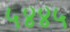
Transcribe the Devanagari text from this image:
५४४५